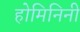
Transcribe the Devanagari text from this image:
होमिनिनी